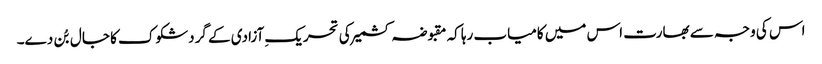
اس کی وجہ سے بھارت اس میں کامیاب رہا کہ مقبوضہ کشمیر کی تحریکِ آزادی کے گردشکوک کا جال بُن دے۔